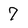
Character: 7